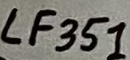
Text: LF351